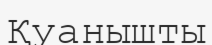
Қуанышты